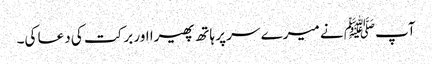
آپﷺ نے میرے سر پر ہاتھ پھیرا اور برکت کی دعا کی۔